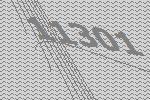
11301